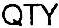
QTY